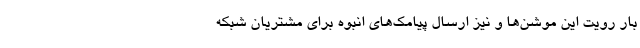
بار رويت اين موشن‌ها و نيز ارسال پيامك‌هاي انبوه براي مشتريان شبكه